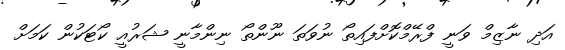
އަދި ނާޒިމް ވަނީ ފްރޭމްކޮށްފައިތޯ ނުވަތަ ނޫންތޯ ނިންމާނީ ޝަރުއީ ކޯޓަކުން ކަމަށް